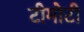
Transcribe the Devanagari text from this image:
टीमोटी